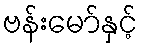
ဗန်းမော်နှင့်